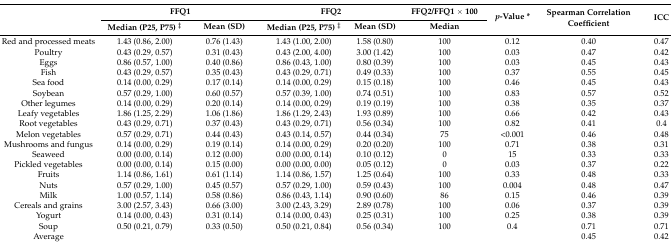
<table><thead><tr><td rowspan="2"></td><td colspan="2"><b>FFQ1</b></td><td colspan="2"><b>FFQ2</b></td><td><b>FFQ2/FFQ1 × 100</b></td><td rowspan="2"><b><i>p</i>-Value *</b></td><td rowspan="2"><b>Spearman Correlation Coefficient</b></td><td rowspan="2"><b>ICC</b></td></tr><tr><td><b>Median (P25, P75) <sup>‡</sup></b></td><td><b>Mean (SD)</b></td><td><b>Median (P25, P75) <sup>‡</sup></b></td><td><b>Mean (SD)</b></td><td><b>Median</b></td></tr></thead><tbody><tr><td>Red and processed meats</td><td>1.43 (0.86, 2.00)</td><td>0.76 (1.43)</td><td>1.43 (1.00, 2.00)</td><td>1.58 (0.80)</td><td>100</td><td>0.12</td><td>0.40</td><td>0.47</td></tr><tr><td>Poultry</td><td>0.43 (0.29, 0.57)</td><td>0.31 (0.43)</td><td>0.43 (2.00, 4.00)</td><td>3.00 (1.42)</td><td>100</td><td>0.03</td><td>0.47</td><td>0.42</td></tr><tr><td>Eggs</td><td>0.86 (0.57, 1.00)</td><td>0.40 (0.86)</td><td>0.86 (0.43, 1.00)</td><td>0.80 (0.39)</td><td>100</td><td>0.03</td><td>0.45</td><td>0.43</td></tr><tr><td>Fish</td><td>0.43 (0.29, 0.57)</td><td>0.35 (0.43)</td><td>0.43 (0.29, 0.71)</td><td>0.49 (0.33)</td><td>100</td><td>0.37</td><td>0.55</td><td>0.45</td></tr><tr><td>Sea food</td><td>0.14 (0.00, 0.29)</td><td>0.17 (0.14)</td><td>0.14 (0.00, 0.29)</td><td>0.15 (0.18)</td><td>100</td><td>0.46</td><td>0.45</td><td>0.43</td></tr><tr><td>Soybean</td><td>0.57 (0.29, 1.00)</td><td>0.60 (0.57)</td><td>0.57 (0.39, 1.00)</td><td>0.74 (0.51)</td><td>100</td><td>0.83</td><td>0.57</td><td>0.52</td></tr><tr><td>Other legumes</td><td>0.14 (0.00, 0.29)</td><td>0.20 (0.14)</td><td>0.14 (0.00, 0.29)</td><td>0.19 (0.19)</td><td>100</td><td>0.38</td><td>0.35</td><td>0.37</td></tr><tr><td>Leafy vegetables</td><td>1.86 (1.25, 2.29)</td><td>1.06 (1.86)</td><td>1.86 (1.29, 2.43)</td><td>1.93 (0.89)</td><td>100</td><td>0.66</td><td>0.42</td><td>0.43</td></tr><tr><td>Root vegetables</td><td>0.43 (0.29, 0.71)</td><td>0.37 (0.43)</td><td>0.43 (0.29, 0.71)</td><td>0.56 (0.34)</td><td>100</td><td>0.82</td><td>0.41</td><td>0.4</td></tr><tr><td>Melon vegetables</td><td>0.57 (0.29, 0.71)</td><td>0.44 (0.43)</td><td>0.43 (0.14, 0.57)</td><td>0.44 (0.34)</td><td>75</td><td>&lt;0.001</td><td>0.46</td><td>0.48</td></tr><tr><td>Mushrooms and fungus</td><td>0.14 (0.00, 0.29)</td><td>0.19 (0.14)</td><td>0.14 (0.00, 0.29)</td><td>0.20 (0.20)</td><td>100</td><td>0.71</td><td>0.38</td><td>0.31</td></tr><tr><td>Seaweed</td><td>0.00 (0.00, 0.14)</td><td>0.12 (0.00)</td><td>0.00 (0.00, 0.14)</td><td>0.10 (0.12)</td><td>0</td><td>15</td><td>0.33</td><td>0.33</td></tr><tr><td>Pickled vegetables</td><td>0.00 (0.00, 0.14)</td><td>0.15 (0.00)</td><td>0.00 (0.00, 0.00)</td><td>0.05 (0.12)</td><td>0</td><td>0.03</td><td>0.37</td><td>0.22</td></tr><tr><td>Fruits</td><td>1.14 (0.86, 1.61)</td><td>0.61 (1.14)</td><td>1.14 (0.86, 1.57)</td><td>1.25 (0.64)</td><td>100</td><td>0.33</td><td>0.48</td><td>0.33</td></tr><tr><td>Nuts</td><td>0.57 (0.29, 1.00)</td><td>0.45 (0.57)</td><td>0.57 (0.29, 1.00)</td><td>0.59 (0.43)</td><td>100</td><td>0.004</td><td>0.48</td><td>0.47</td></tr><tr><td>Milk</td><td>1.00 (0.57, 1.14)</td><td>0.58 (0.86)</td><td>0.86 (0.43, 1.14)</td><td>0.90 (0.60)</td><td>86</td><td>0.15</td><td>0.46</td><td>0.39</td></tr><tr><td>Cereals and grains</td><td>3.00 (2.57, 3.43)</td><td>0.66 (3.00)</td><td>3.00 (2.43, 3.29)</td><td>2.89 (0.78)</td><td>100</td><td>0.06</td><td>0.37</td><td>0.39</td></tr><tr><td>Yogurt</td><td>0.14 (0.00, 0.43)</td><td>0.31 (0.14)</td><td>0.14 (0.00, 0.43)</td><td>0.25 (0.31)</td><td>100</td><td>0.25</td><td>0.38</td><td>0.39</td></tr><tr><td>Soup</td><td>0.50 (0.21, 0.79)</td><td>0.33 (0.50)</td><td>0.50 (0.21, 0.84)</td><td>0.56 (0.34)</td><td>100</td><td>0.4</td><td>0.71</td><td>0.71</td></tr><tr><td>Average</td><td></td><td></td><td></td><td></td><td></td><td></td><td>0.45</td><td>0.42</td></tr></tbody></table>